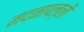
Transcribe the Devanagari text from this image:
मदनापल्ली